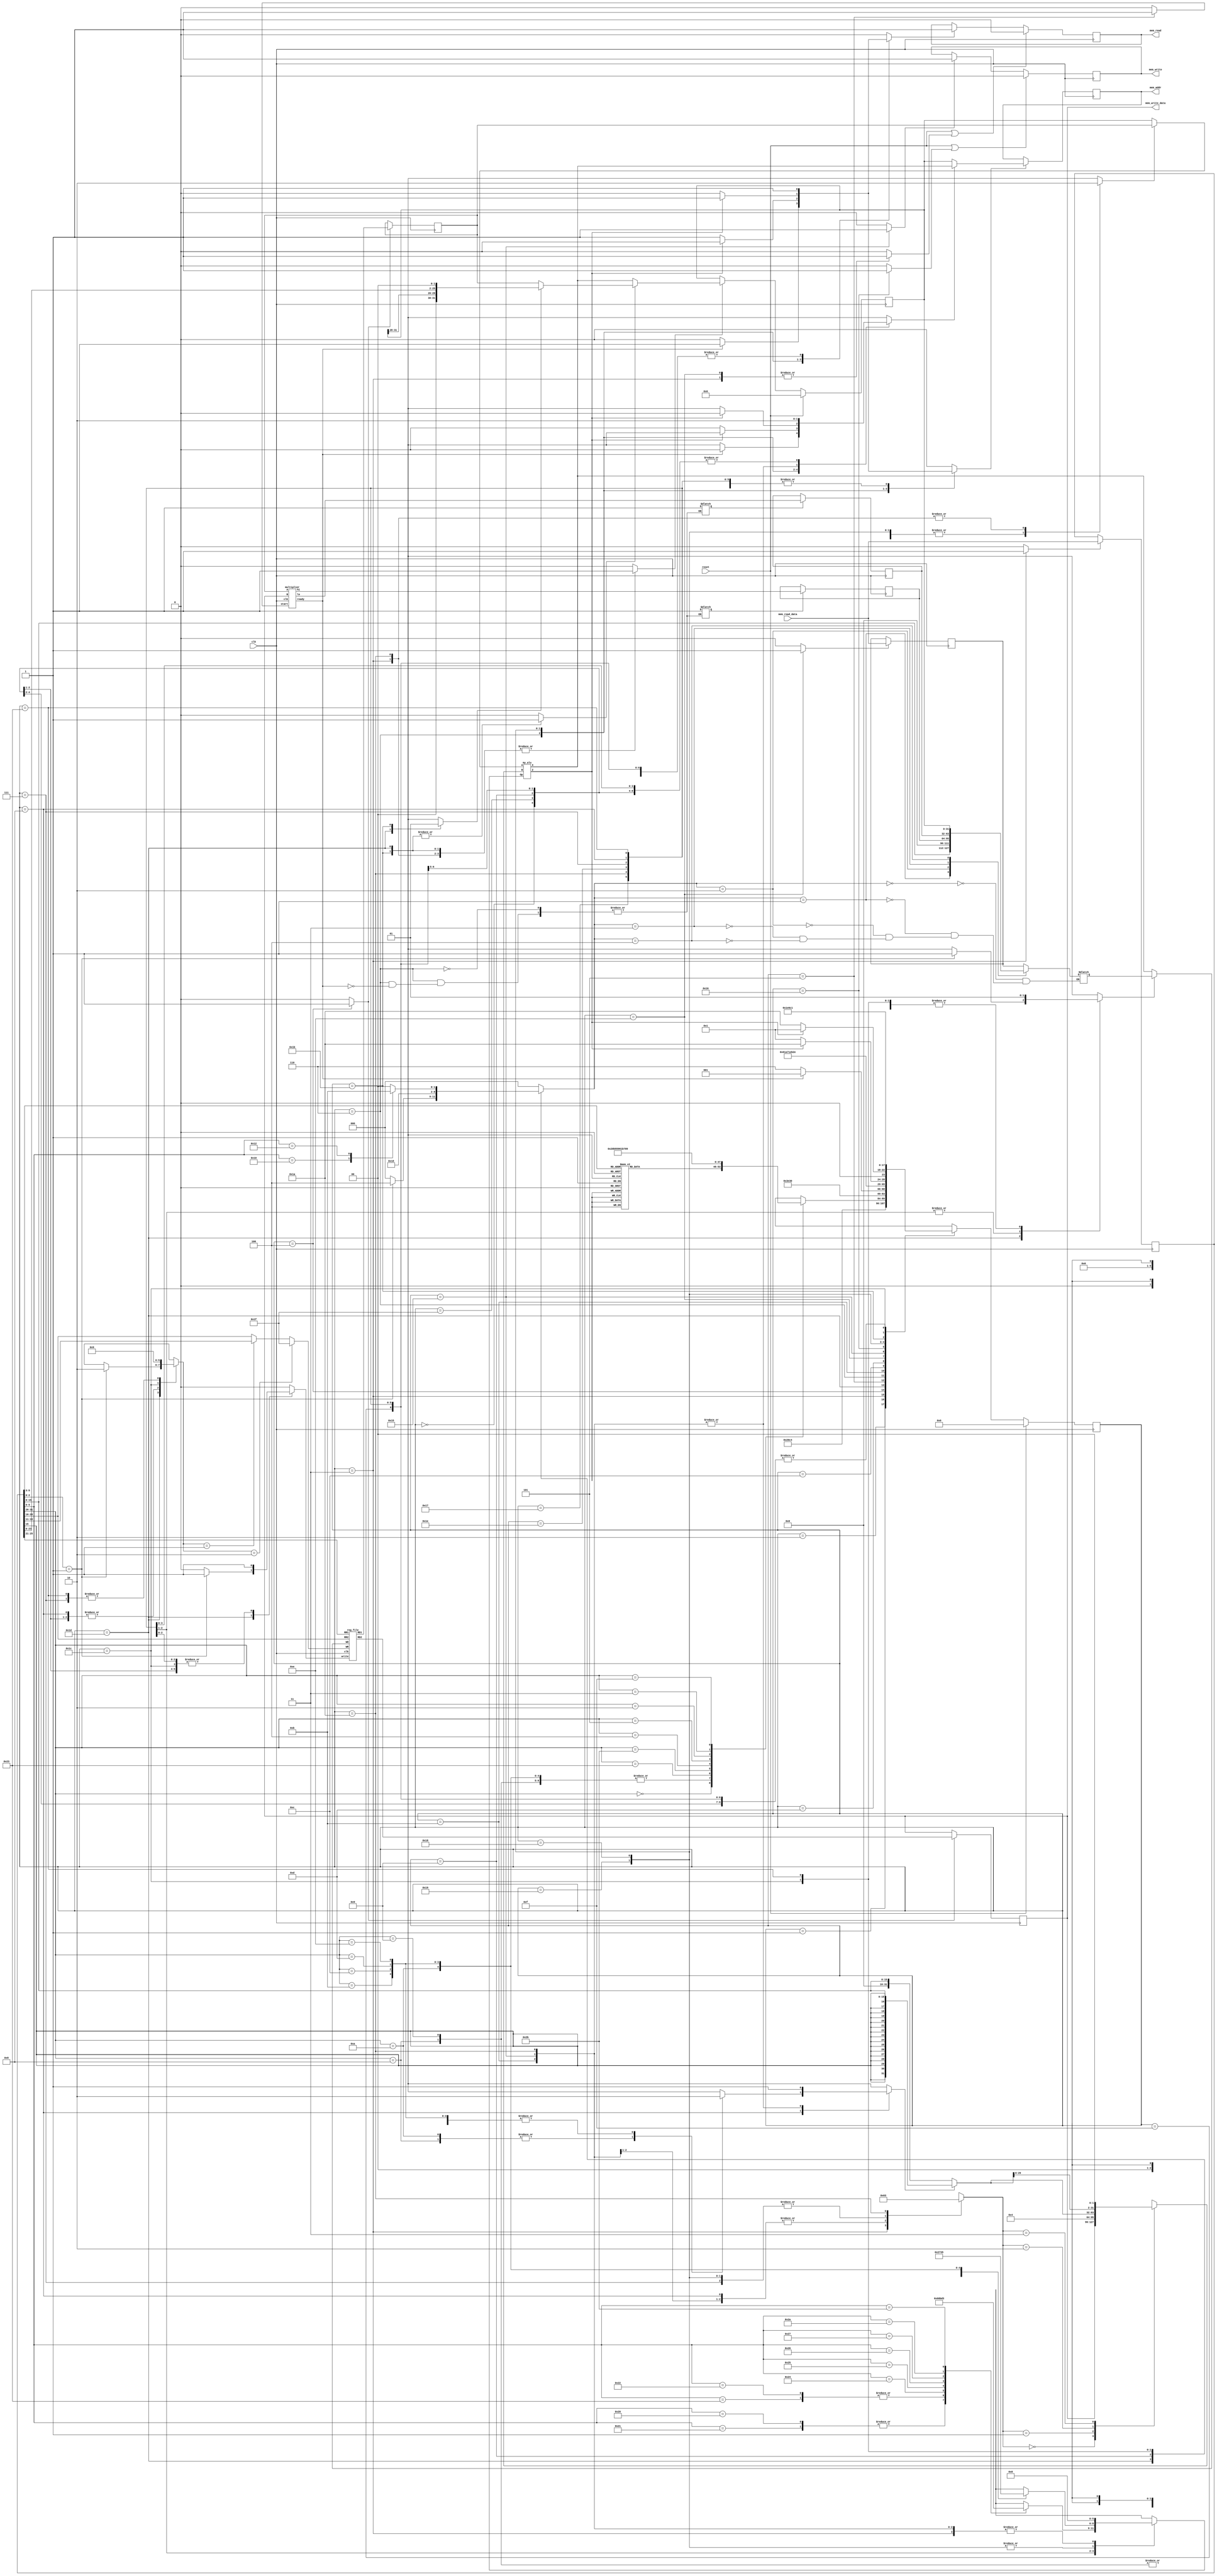

`timescale 1ns/100ps

// ALU operations
   `define ADD  3'b000
   `define SUB  3'b001
   `define SLT  3'b010
   `define SLTU 3'b011
   `define AND  3'b100
   `define XOR  3'b101
   `define OR   3'b110
   `define NOR  3'b111

module multi_cycle_mips(

   input clk,
   input reset,

   // Memory Ports
   output  [31:0] mem_addr,
   input   [31:0] mem_read_data,
   output  [31:0] mem_write_data,
   output         mem_read,
   output         mem_write
);

   // Data Path Registers
   reg MemoryReadEnable, MemoryWriteEnable;
   reg [31:0] A, B, PC, IR, Data, MAR,JumpAddress, HiReg , LoReg;

   // Data Path Control Lines, don't forget, regs are not always register !!
   reg setMemoryReadEnable, clrMemoryReadEnable, setMemoryWriteEnable, clrMemoryWriteEnable;
   reg Awrt, Bwrt, RegWrite, PCwrt, IRwrt, Datawrt, MARwrt, jump,  HIwrt, LOwrt;

   // Memory Ports Bindings
   assign mem_addr = MAR;
   assign mem_read = MemoryReadEnable;
   assign mem_write = MemoryWriteEnable;
   assign mem_write_data = B;

   // Mux & ALU Control Line
   reg [2:0] aluOp;
   reg [1:0] ALUSrcB,RegDst;
   reg SgnExt, ALUSrcA, MemtoReg, IorD ,JumpControl,MultControl;

   reg[2:0] InputDataControl;

   // Wiring
   wire aluZero;
   wire [31:0] aluResult, rfRD1, rfRD2;
   wire [63:0] MultOutput;

   wire[31:0] PCJump = JumpControl ? {PC[31:28], IR[25:0] << 2} : A;

wire [31:0] temp2 = {16'b0,IR[15:0]};
   wire [31:0] temp = {temp2 << 16};
   
   // InputData Mux
   reg [31:0] InputData ;    
   always @(*)
   case (InputDataControl)
      3'b000: InputData = Data;
      3'b001: InputData = temp;
      3'b010: InputData = HiReg;
      3'b011: InputData = LoReg;
      3'b100: InputData = PC;
   endcase


   // Clocked Registers
   always @( posedge clk ) begin
      if( reset )
         PC <= #0.1 32'h00000000;
      else if( PCwrt ) begin
         if (jump)
            PC <= #0.1 PCJump;
         else
            PC <= #0.1 aluResult;
      end

      if( Awrt ) A <= #0.1 rfRD1;
      if( Bwrt ) B <= #0.1 rfRD2;

      if( MARwrt ) MAR <= #0.1 IorD ? aluResult : PC;

      if( IRwrt ) IR <= #0.1 mem_read_data;
      if( Datawrt ) Data <= #0.1 mem_read_data;

      if(HIwrt) HiReg <= #0.1 MultOutput[63:32];
      if(LOwrt) LoReg <= #0.1 MultOutput[31:0];

      if( reset | clrMemoryReadEnable ) MemoryReadEnable <= #0.1 1'b0;
          else if( setMemoryReadEnable) MemoryReadEnable <= #0.1 1'b1;

      if( reset | clrMemoryWriteEnable ) MemoryWriteEnable <= #0.1 1'b0;
          else if( setMemoryWriteEnable) MemoryWriteEnable <= #0.1 1'b1;
   end

   wire MultReady;

   // Register File
   reg_file rf(
      .clk( clk ),
      .write( RegWrite ),

      .RR1( IR[25:21] ),
      .RR2( IR[20:16] ),
      .RD1( rfRD1 ),
      .RD2( rfRD2 ),

      .WR( (RegDst==2'b10) ? 5'd31 :
           (RegDst==2'b01) ? IR[15:11] :
           IR[20:16] ),
      .WD( MemtoReg ? InputData : aluResult )
   );

   multiplier mult(
   .clk(clk),
   .start(MultControl),
   .A(A),
   .B(B),
   .hi(MultOutput[63:32]),
   .lo(MultOutput[31:0]),
   .ready(MultReady)
   );

   // Sign/Zero Extension
   wire [31:0] SZout = SgnExt ? {{16{IR[15]}}, IR[15:0]} : {16'h0000, IR[15:0]};

   // ALU-A Mux
   wire [31:0] aluA = ALUSrcA ? A : PC;

   // ALU-B Mux
   reg [31:0] aluB;
   always @(*)
   case (ALUSrcB)
      2'b00: aluB = B;
      2'b01: aluB = 32'h4;
      2'b10: aluB = SZout;
      2'b11: aluB = SZout << 2;
   endcase

   my_alu alu(
      .A( aluA ),
      .B( aluB ),
      .Op( aluOp ),

      .X( aluResult ),
      .Z( aluZero )
   );


   // Controller Starts Here

   // Controller State Registers
   reg [5:0] state, nxt_state;

   // State Names & Numbers
   localparam
      RESET = 0, FETCH1 = 1, FETCH2 = 2, FETCH3 = 3, DECODE = 4, EX_MULT_R1 = 5, EX_MULT_R2 = 6,
      EX_ALU_R = 7, EX_ALU_I = 8, EX_LUI = 9, 
      EX_LW_1 = 11, EX_LW_2 = 12, EX_LW_3 = 13, EX_LW_4 = 14, EX_LW_5 = 15, 
      EX_SW_1 = 21, EX_SW_2 = 22, EX_SW_3 = 23,
      EX_BNE_1 = 24,EX_BEQ_1 = 25, EX_BRA_2 = 26,
      EX_JUMP = 27, EX_JLINK = 28, EX_JUMP_R = 29,EX_JUMP_2 = 30,EX_JUMP_R2 = 31,
      EX_MOVE = 35 ;

   // State Clocked Register 
   always @(posedge clk)
      if(reset)
         state <= #0.1 RESET;
      else
         state <= #0.1 nxt_state;

   task PrepareFetch;
      begin
         IorD = 1'b0;
         setMemoryReadEnable = 1'b1;
         MARwrt = 1'b1;
         nxt_state = FETCH1;
      end
   endtask

   // State Machine Body Starts Here
   always @( * ) begin

      nxt_state = 1'bx;

      SgnExt = 1'bx; IorD = 1'bx;
      MemtoReg = 1'bx; RegDst = 2'bxx;
      ALUSrcA = 1'bx; ALUSrcB = 1'bx; aluOp = 1'bx;
      InputDataControl = 3'b000;
      JumpControl = 1'bx; MultControl = 1'b0;
      PCwrt = 1'b0;
      jump = 1'b0;
      Awrt = 1'b0; Bwrt = 1'b0;
      RegWrite = 1'b0; IRwrt = 1'b0;
      Datawrt = 1'b0; MARwrt = 1'b0;
      setMemoryReadEnable = 1'b0; clrMemoryReadEnable = 1'b0;
      setMemoryWriteEnable = 1'b0; clrMemoryWriteEnable = 1'b0;

      case(state)

         RESET:
            PrepareFetch;

         FETCH1:
            nxt_state = FETCH2;

         FETCH2:
            nxt_state = FETCH3;

         FETCH3: begin
            IRwrt = 1'b1; // IR <- Mem. Read Data
            PCwrt = 1'b1; // PC = PC + 4 write enable
            clrMemoryReadEnable = 1'b1; // Memory Read Enable = 0
            ALUSrcA = 1'b0; // PC
            ALUSrcB = 2'b01; // 4
            aluOp = `ADD;
            nxt_state = DECODE;
         end

         DECODE: begin
            Awrt = 1'b1;
            Bwrt = 1'b1;
            case( IR[31:26] ) // opcode
               6'b000_000:             // R-format
                  case( IR[5:3] )
                     3'b000: ;
                     3'b001: nxt_state = EX_JUMP_R; // jr , jalr
                     3'b010: nxt_state = EX_MOVE; // mfhi , mflo
                     3'b011: nxt_state = EX_MULT_R1; // mult , multu
                     3'b100: nxt_state = EX_ALU_R;
                     3'b101: nxt_state = EX_ALU_R;
                     3'b110: ;
                     3'b111: ;
                  endcase

               6'b001_000,             // addi
               6'b001_001,             // addiu
               6'b001_010,             // slti
               6'b001_011,             // sltiu
               6'b001_100,             // andi
               6'b001_101,             // ori
               6'b001_110:             // xori
                  nxt_state = EX_ALU_I;
         
               6'b100_011:
                  nxt_state = EX_LW_1;

               6'b101_011:
                  nxt_state = EX_SW_1;

               6'b000_100:
                  nxt_state = EX_BEQ_1;
               6'b000_101:
                  nxt_state = EX_BNE_1;
               6'b000010: nxt_state = EX_JUMP ;// j
               6'b000011: nxt_state = EX_JLINK ; // jal

               6'b001_111: nxt_state = EX_LUI ;   // lui

            endcase
         end

         EX_ALU_R: begin
            ALUSrcA = 1'b1;
            ALUSrcB = 2'b00; 
            case (IR[5:0])
               6'b100000, // add , addu
               6'b100001: aluOp = `ADD;
               6'b100010, // sub , subu
               6'b100011: aluOp = `SUB;
               6'b100100: aluOp = `AND; // and
               6'b100101: aluOp = `OR; // or
               6'b100110: aluOp = `XOR; // xor
               6'b100111: aluOp = `NOR; // nor
               6'b101010: aluOp = `SLT; // slt
               6'b101011: aluOp = `SLTU; // sltu
            endcase
            RegDst = 2'b01;
            MemtoReg = 1'b0;
            MARwrt = 1'b0;
            RegWrite = 1'b1;
            PrepareFetch;
         end

         EX_JUMP_R: begin
            JumpControl = 1'b0;
            PCwrt = 1'b1;
            jump = 1'b1;
            if (IR[2:0] == 3'b001) begin // jalr 
               RegDst = 2'b10;
               InputDataControl = 3'b100;
               MemtoReg = 1'b1;
               RegWrite = 1'b1;
            end
            nxt_state = EX_JUMP_R2;
         end

         EX_JUMP_R2: begin
            PrepareFetch;
         end

         EX_MULT_R1: begin
            MultControl = 1'b1;
            nxt_state = EX_MULT_R2;
         end
         
         EX_MULT_R2: begin
            if(MultReady) begin
               HIwrt = 1'b1;
               LOwrt = 1'b1;
               PrepareFetch;
            end
            else
               nxt_state = EX_MULT_R2;
         end
         
         EX_ALU_I: begin
            ALUSrcA = 1'b1;
            ALUSrcB = 2'b10; 
            case (IR[31:26])
               6'b001_000: begin
                  aluOp = `ADD; // addi
                  SgnExt = 1'b1;
               end
               6'b001_001: begin
                  aluOp = `ADD; // addui
                  SgnExt = 1'b0;
               end
               6'b001_010: begin
                  aluOp = `SLT; // slti
                  SgnExt = 1'b1;
               end
               6'b001_011: begin
                  aluOp = `SLTU; // sltiu
                  SgnExt = 1'b0;
               end
               6'b001_100:begin
                  aluOp = `AND; // andi
                  SgnExt = 1'b0;
               end
               6'b001_101:begin
                  aluOp = `OR; // ori
                  SgnExt = 1'b0;
               end
               6'b001_110:begin
                  aluOp = `XOR; // xori
                  SgnExt = 1'b0; 
               end
            endcase
            RegDst = 2'b00;
            MemtoReg = 1'b0;
            MARwrt = 1'b0 ;
            Datawrt = 1'b0;
            RegWrite = 1'b1;
            PrepareFetch;
         end

         EX_LUI: begin
            MemtoReg = 1'b1;  
            RegDst = 2'b00;
            RegWrite = 1'b1;
            InputDataControl = 3'b001; 
            PrepareFetch;
         end

         EX_LW_1: begin
            MARwrt = 1'b1;
            ALUSrcA = 1'b1;
            ALUSrcB = 2'b10; 
            SgnExt = 1'b1;
            aluOp = `ADD;
            IorD = 1'b1;
            setMemoryReadEnable = 1'b1;
            nxt_state = EX_LW_2;
         end

         EX_LW_2:
            nxt_state = EX_LW_3;

         EX_LW_3:
            nxt_state = EX_LW_4;

         EX_LW_4: begin
            clrMemoryReadEnable = 1'b1;
            Datawrt = 1'b1;
            nxt_state = EX_LW_5;
         end

         EX_LW_5: begin
            RegDst = 2'b00;
            RegWrite = 1'b1;
            MemtoReg = 1'b1;
            PrepareFetch;
         end

         EX_SW_1: begin
            IorD = 1'b1;
            MARwrt = 1'b1;
            ALUSrcA = 1'b1;
            ALUSrcB = 2'b10; 
            aluOp = `ADD;
            SgnExt = 1'b1;
            setMemoryWriteEnable = 1'b1;
            nxt_state = EX_SW_2;
         end

         EX_SW_2: begin
            clrMemoryWriteEnable = 1'b1;
            nxt_state = EX_SW_3;
         end

         EX_SW_3:
            PrepareFetch;

         EX_BEQ_1: begin
            aluOp = `SUB;
            ALUSrcA = 1'b1 ;
            ALUSrcB = 2'b00;

            if(aluZero)
               nxt_state = EX_BRA_2;
            else
               PrepareFetch;
         end

         EX_BNE_1: begin
            aluOp = `SUB;
            ALUSrcA = 1'b1 ;
            ALUSrcB = 2'b00;

            if(!aluZero)
               nxt_state = EX_BRA_2;
            else
               PrepareFetch;
         end

         EX_BRA_2: begin
            SgnExt = 1'b1;
            ALUSrcA = 1'b0;
            ALUSrcB = 2'b11 ;
            aluOp = `ADD;
            PCwrt = 1'b1;
            IorD = 1'b1;
            MARwrt = 1'b1;
            setMemoryReadEnable = 1'b1;
            nxt_state = FETCH1;
         end

         EX_JUMP: begin
            PCwrt = 1'b1;
            JumpControl = 1'b1;
            jump = 1'b1;
            nxt_state = EX_JUMP_2;
         end
         EX_JUMP_2: begin
            PrepareFetch;
         end

         EX_JLINK: begin
            RegDst = 2'b10;
            InputDataControl = 3'b100;
            MemtoReg = 1'b1;
            RegWrite = 1'b1;
            nxt_state = EX_JUMP;
         end


         EX_MOVE: begin
            RegWrite = 1'b1;
            RegDst = 2'b01;
            case (IR[5:0])
               6'b010_000: // mfhi
                  InputDataControl = 3'b010;
               6'b010_010: // mflo
                  InputDataControl = 3'b011;
            endcase
            MemtoReg = 1'b1;
            PrepareFetch;
         end

      endcase

   end

endmodule

//==============================================================================

module my_alu(
   input [2:0] Op,
   input [31:0] A,
   input [31:0] B,

   output [31:0] X,
   output        Z
);

   wire sub = Op != `ADD;

   wire [31:0] bb = sub ? ~B : B;

   wire [32:0] sum = A + bb + sub;

   wire sltu = ! sum[32];

   wire v = sub ? 
        ( A[31] != B[31] && A[31] != sum[31] )
      : ( A[31] == B[31] && A[31] != sum[31] );

   wire slt = v ^ sum[31];

   reg [31:0] x;

   always @( * )
      case( Op )
         `ADD : x = sum;
         `SUB : x = sum;
         `SLT : x = slt;
         `SLTU: x = sltu;
         `AND : x =   A & B;
         `OR  : x =   A | B;
         `NOR : x = ~(A | B);
         `XOR : x =   A ^ B;
         default : x = 32'hxxxxxxxx;
      endcase

   assign #2 X = x;
   assign #2 Z = x == 32'h00000000;

endmodule

//==============================================================================

module reg_file(
   input clk,
   input write,
   input [4:0] WR,
   input [31:0] WD,
   input [4:0] RR1,
   input [4:0] RR2,
   output [31:0] RD1,
   output [31:0] RD2
);

   reg [31:0] rf_data [0:31];

   assign #2 RD1 = rf_data[ RR1 ];
   assign #2 RD2 = rf_data[ RR2 ];   

   always @( posedge clk ) begin
      if ( write )
         rf_data[ WR ] <= WD;

      rf_data[0] <= 32'h00000000;
   end

endmodule

//==============================================================================

module multiplier(
//-----------------------Port directions and deceleration
   input clk,  
   input start,
   input [31:0] A, 
   input [31:0] B, 
   output[31:0] hi,
   output[31:0] lo,
   output ready
    );

//------------------------------------------------------

//----------------------------------- register deceleration
reg [31:0]  Multiplier;
reg [65:0] PartialProduct;
reg [5:0]  counter;
reg omittedBit;
//-------------------------------------------------------

//------------------------------------- wire deceleration
wire product_write_enable;
wire [33:0] adder_output;
//---------------------------------------------------------

//-------------------------------------- combinational logic
assign #2.3 adder_output = // if
PartialProduct[1]?
PartialProduct[0]&omittedBit?{{2{PartialProduct[65]}},PartialProduct[65:34]}:
PartialProduct[0]^omittedBit?{{2{PartialProduct[65]}},PartialProduct[65:34]} - Multiplier:{{2{PartialProduct[65]}},PartialProduct[65:34]} - {Multiplier,1'b0} :
PartialProduct[0]&omittedBit?{{2{PartialProduct[65]}},PartialProduct[65:34]} + {Multiplier,1'b0}:
PartialProduct[0]^omittedBit?{{2{PartialProduct[65]}},PartialProduct[65:34]} + Multiplier:{{2{PartialProduct[65]}},PartialProduct[65:34]};

assign #0.1 ready = counter[5];
assign hi = PartialProduct[63:32];
assign lo = PartialProduct[31:0];

always @ (posedge clk)

   if(start) begin
      counter <= #0.1 6'h0F ;
      Multiplier <= #0.1 A;
      PartialProduct <= #0.1 {34'h0, B};
      omittedBit <= #0.1 1'b0;
   end

   else if(! ready) begin
         counter <= #0.1 counter + 1;
         PartialProduct <= #0.1 {adder_output,PartialProduct[33:2]};
         omittedBit <= #0.1 PartialProduct[1];
   end   

endmodule